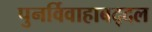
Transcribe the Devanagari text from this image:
पुनर्विवाहाबद्दल